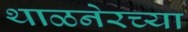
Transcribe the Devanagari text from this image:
थाळनेरच्या